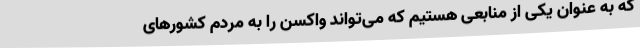
که به عنوان یکی از منابعی هستیم که می‌تواند واکسن را به مردم کشورهای